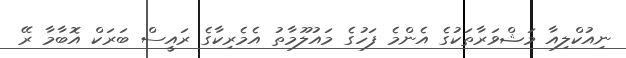
ނިއުކްލިއާ މަޝްވަރާތަކުގެ އެންމެ ފަހުގެ މައުލޫމާތު އެމެރިކާގެ ރައީސް ބަރަކް އޮބާމާ ރޭ